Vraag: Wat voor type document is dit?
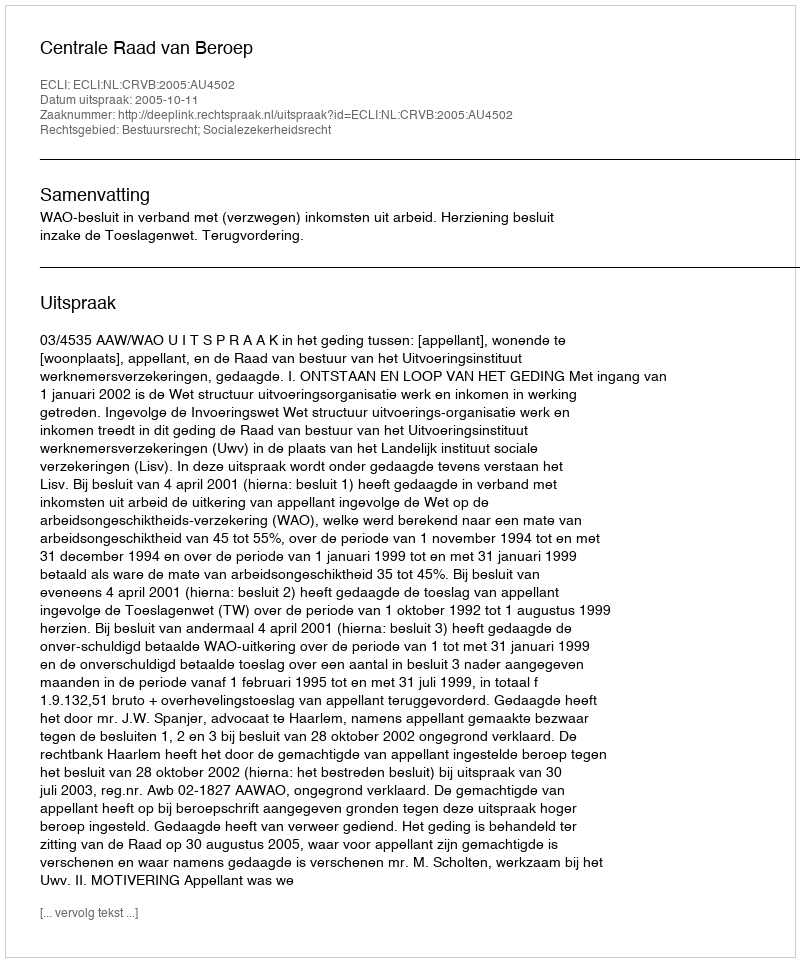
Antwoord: Uitspraak